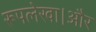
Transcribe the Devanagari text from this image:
रूपलेखा।और